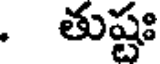
. తుష్టః